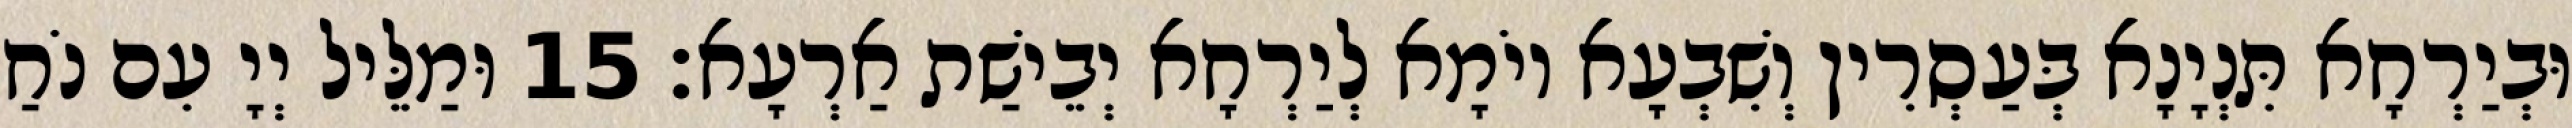
וּבְיַרְחָא תִּנְיָנָא בְּעַסְרִין וְשִׁבְעָא יוֹמָא לְיַרְחָא יְבֵישַׁת אַרְעָא׃ 15 וּמַלֵּיל יְיָ עִם נֹחַ